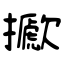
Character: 擨